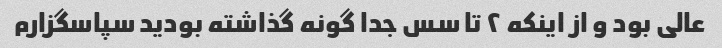
عالی بود و از اینکه ۲ تا سس جدا گونه گذاشته بودید سپاسگزارم